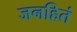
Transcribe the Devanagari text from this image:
जनहितं